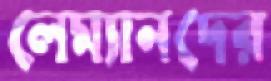
লেম্যানদের